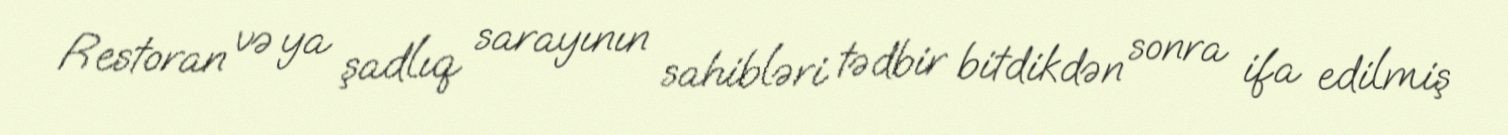
Restoran və ya şadlıq sarayının sahibləri tədbir bitdikdən sonra ifa edilmiş